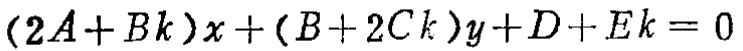
\((2A + Bk)x + (B + 2Ck)y + D + Ek = 0\)